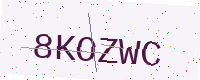
Text: 8KOZWC